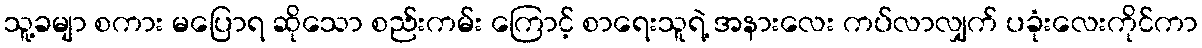
သူ့ခမျာ စကား မပြောရ ဆိုသော စည်းကမ်း ကြောင့် စာရေးသူရဲ့ အနားလေး ကပ်လာလျှက် ပခုံးလေးကိုင်ကာ